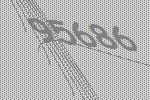
95686